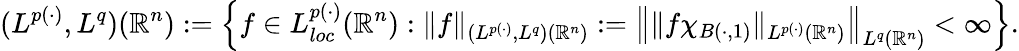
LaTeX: (L^{p(\cdot)},L^{q})(\mathbb{R}^{n}):=\left\{ f\in L_{loc}^{p(\cdot)}(\mathbb{R}^{n}):\| f\| _{(L^{p(\cdot)},L^{q})(\mathbb{R}^{n})}:=\left\| \| f\chi_{B(\cdot,1)}\| _{L^{p(\cdot)}({\mathbb R}^{n})}\right\| _{L^{q}({\mathbb R}^{n})}<\infty\right\} .